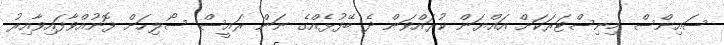
ސައިންސް މިނިސްޓަރަކަށް އައްޔަން ކުރައްވަން ދެ ބޭފުޅެއްގެ ނަން ރައީސް ސޯލިހަށް ފޮނުއްވާފައިވާއިރު